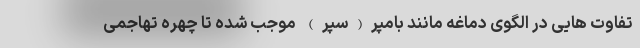
تفاوت هایی در الگوی دماغه مانند بامپر(سپر) موجب شده تا چهره تهاجمی